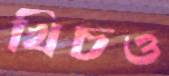
খিচও